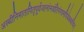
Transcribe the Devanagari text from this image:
अस्थीनिमातापितृपूर्वजानांनयंतिगंगामपियेकथंचित्